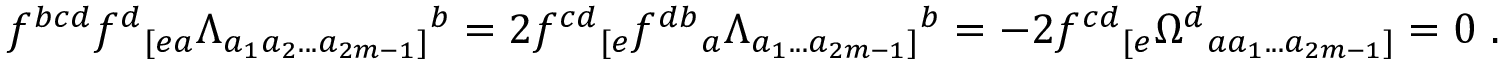
f ^ { b c d } f ^ { d } { } _ { [ e a } \Lambda _ { a _ { 1 } a _ { 2 } . . . a _ { 2 m - 1 } ] } { } ^ { b } = 2 f ^ { c d } { } _ { [ e } f ^ { d b } { } _ { a } \Lambda _ { a _ { 1 } . . . a _ { 2 m - 1 } ] } { } ^ { b } = - 2 f ^ { c d } { } _ { [ e } \Omega ^ { d } { } _ { a a _ { 1 } . . . a _ { 2 m - 1 } ] } = 0 \ .